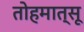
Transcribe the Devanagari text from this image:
तोहमात्सू